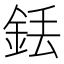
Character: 銩